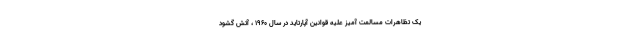
یک تظاهرات مسالمت آمیز علیه قوانین آپارتاید در سال ۱۹۶۰ ، آتش گشود